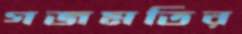
গজমতির